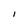
Character: I